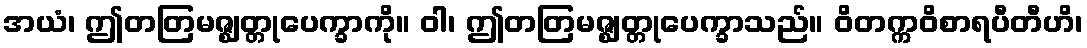
အယံ၊ ဤတတြမဇ္ဈတ္တုပေက္ခာကို။ ဝါ၊ ဤတတြမဇ္ဈတ္တုပေက္ခာသည်။ ဝိတက္ကဝိစာရပီတီဟိ၊